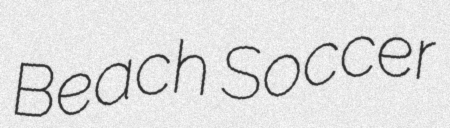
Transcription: Beach Soccer